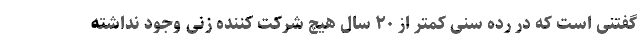
گفتنی است که در رده سنی کمتر از ۲۰ سال هیچ شرکت کننده زنی وجود نداشته